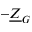
- \underline { { Z } } _ { G }